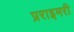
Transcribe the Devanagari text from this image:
प्रराइमरी